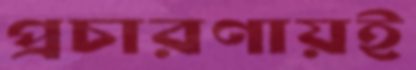
প্রচারণায়ই